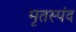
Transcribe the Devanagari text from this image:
मृतस्पंद